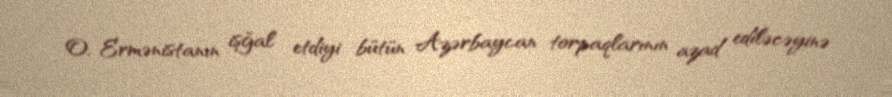
O, Ermənistanın işğal etdiyi bütün Azərbaycan torpaqlarının azad ediləcəyinə